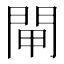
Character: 閘